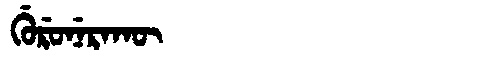
Manchu: ᡤᡠᡵᡠᠨᡝᡵᠠᡴᡡ
Romanization: GURUNERAKŪ